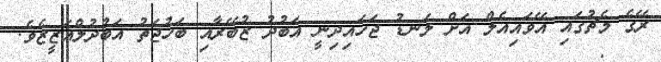
ރޭގެ މެޗުގައި އޭވައިއެލް އަށް ލަނޑު ޖަހައިދިނީ އަބުދު ޒުބޭރާއި ބަހުޖަތު އަބުދުލްއަޒީޒެވެ.